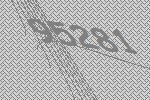
95281